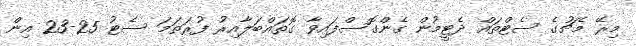
މިރޭ މެޗުގެ ސެޓްތައް ދެޓީމުން ގެންގޮސްފައިވާ ގޮތައްބަލާއިރު ފުރަތަމަ ސެޓު 25-23 އިން